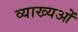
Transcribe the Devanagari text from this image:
व्याख्यओं